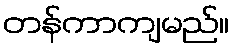
တန်ကာကျမည်။